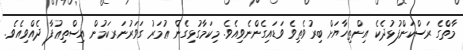
މާތްގެ ރަސްކަންފުޅުދެކެ އިންތިހާޔަށް ބިރުވެތިވެ ވަޑައިގެންނެވިއެވެ. މިކަމާގުޅިގެން ޢުމަރު ގަވަރުނަރކަމުން އިސްތިޢުފާ ދެއްވިއެވެ.